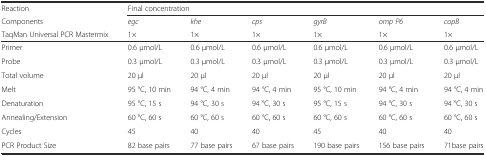
| Reaction | <COLSPAN=6> Final concentration |
 | Components | egc | khe | cps | gyrB | omp P6 | copB |
 | TaqMan Universal PCR Mastermix | 1× | 1× | 1× | 1× | 1× | 1× |
 | --- | --- | --- | --- | --- | --- | --- |
 | Primer | 0.6 μmol/L | 0.6 μmol/L | 0.6 μmol/L | 0.6 μmol/L | 0.6 μmol/L | 0.6 μmol/L |
 | Probe | 0.3 μmol/L | 0.3 μmol/L | 0.3 μmol/L | 0.3 μmol/L | 0.3 μmol/L | 0.3 μmol/L |
 | Total volume | 20 μl | 20 μl | 20 μl | 20 μl | 20 μl | 20 μl |
 | Melt | 95 °C, 10 min | 94 °C, 4 min | 94 °C, 4 min | 95 °C, 10 min | 94 °C, 4 min | 94 °C, 4 min |
 | Denaturation | 95 °C, 15 s | 94 °C, 30 s | 94 °C, 30 s | 95 °C, 15 s | 94 °C, 30 s | 94 °C, 30 s |
 | Annealing/Extension | 60 °C, 60 s | 60 °C, 60 s | 60 °C, 60 s | 60 °C, 60 s | 60 °C, 60 s | 60 °C, 60 s |
 | Cycles | 45 | 40 | 40 | 45 | 40 | 40 |
 | PCR Product Size | 82 base pairs | 77 base pairs | 67 base pairs | 190 base pairs | 156 base pairs | 71base pairs |